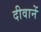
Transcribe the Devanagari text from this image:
दीवानें